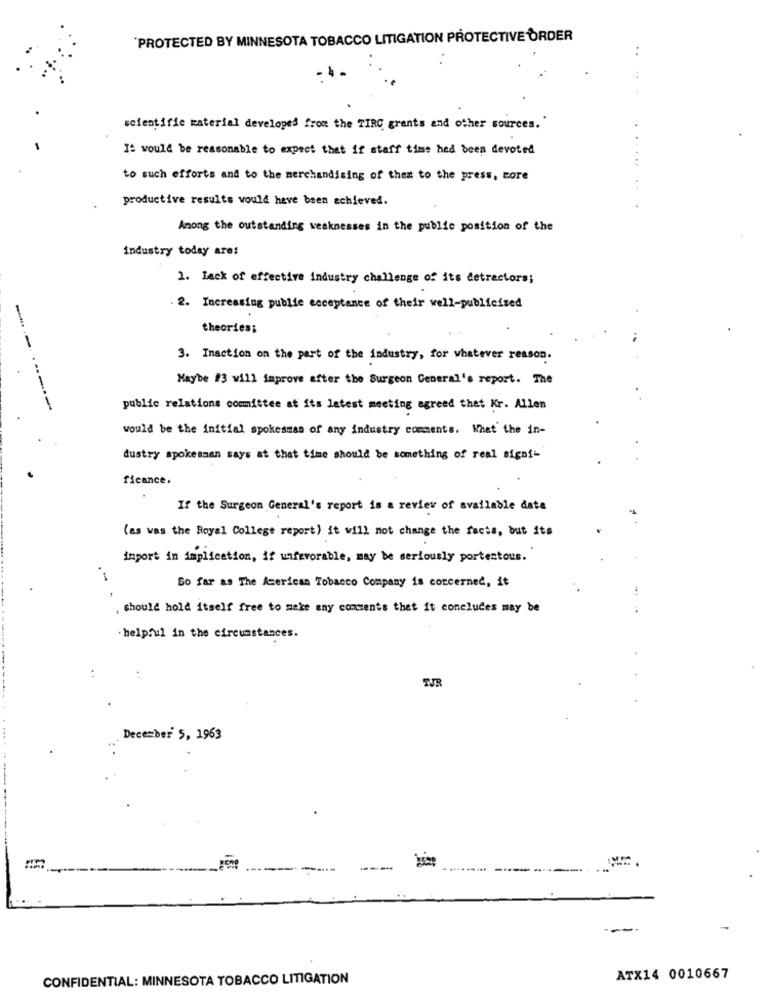
PROTECTED BY MINNESOTA TOBACCO LITIGATION PROTECTIVE ORDER
..
scientific katerial developed from the TIRC grants and other sources.
It would be reasonable to expect that if staff time hed been devoted
to such efforts and to the merchandising of them to the press, more
productive results would have been achieved.
Among the outstanding weaknesses in the public position of the
industry today are:
1. Lack of effective industry challenge of its detractors;
. 2. Increasing publie acceptance of their well-publicized
theories;
3. Inaction on the part of the industry, for whatever reason.
Maybe #3 will improve after the Surgeon General's report. The
---
public relations committee at its latest meeting agreed that Kr. Allen
would be the initial spokesman of any industry comments. What the in-
dustry spokesman says at that time should be something of real signi-
ficance.
If the Surgeon General's report is a review of available data
(as was the Royal College report) it will not change the facts, but its
import in implication, if unfavorable, may be seriously portentous.
So far as The American Tobacco Company is concerned, it
should hold itself free to make any comments that it concludes may be
. helpful in the circumstances.
TJR
December 5, 1963
......
-
CONFIDENTIAL: MINNESOTA TOBACCO LITIGATION
ATX14 0010667